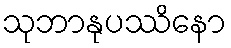
သုဘာနုပဿိနော